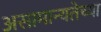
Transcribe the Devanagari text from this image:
असामान्यतेच्या